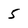
Character: 5